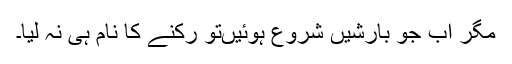
مگر اب جو بارشیں شروع ہوئیںتو رکنے کا نام ہی نہ لیا۔